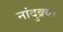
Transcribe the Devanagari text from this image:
नांदुक्र्या